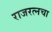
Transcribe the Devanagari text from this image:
राजरत्‍नचा